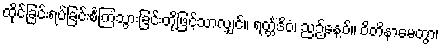
ထိုင်ခြင်းရပ်ခြင်းစင်္ကြံသွားခြင်းတို့ဖြင့်သာလျှင်။ ရတ္တိံဒိဝံ၊ ညဉ့်နေ့ဝ်။ ဝိတိနာမေတွာ၊